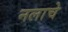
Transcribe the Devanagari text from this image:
नलाचे